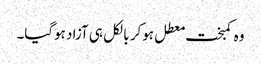
وہ کمبخت معطل ہوکر بالکل ہی آزاد ہوگیا۔